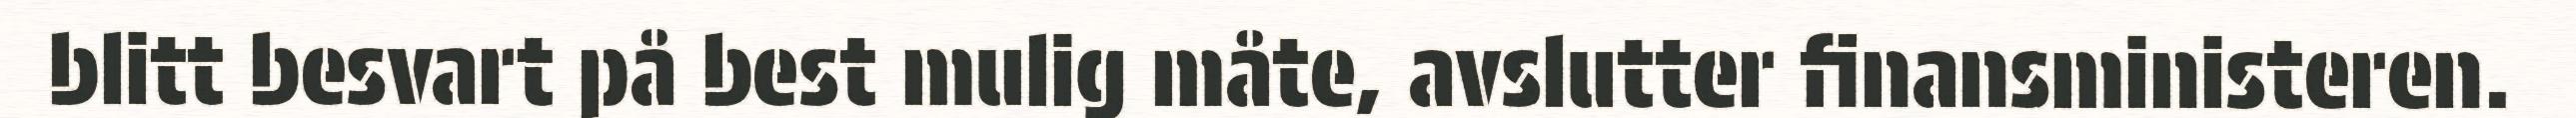
blitt besvart på best mulig måte, avslutter finansministeren.